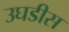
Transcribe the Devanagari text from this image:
उघडीस